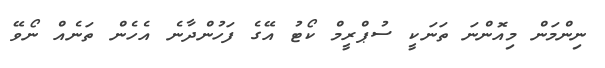
ނިންމަން މިއޮންނަ ތަނަކީ ސުޕްރީމް ކޯޓު އޭގެ ފަހުންދާނެ އެހެން ތަނެއް ނޯވޭ